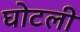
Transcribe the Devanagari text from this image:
घोटली